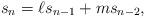
LaTeX: \begin{align*}s_n = \ell s_{n-1}+ms_{n-2},\end{align*}